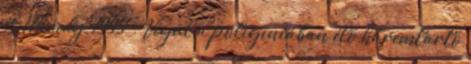
és Mundy, 1994 . Végül a poligíniában élő háremtartó